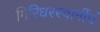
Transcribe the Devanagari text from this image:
गिरिधरस्वामींचं